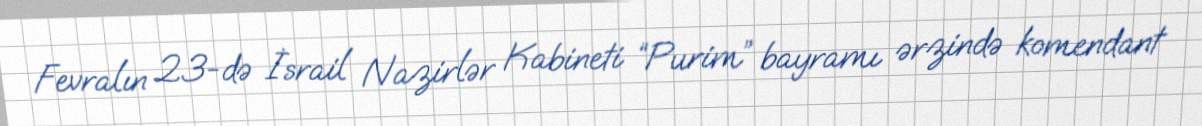
Fevralın 23-də İsrail Nazirlər Kabineti “Purim” bayramı ərzində komendant